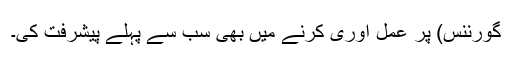
گورننس) پر عمل آوری کرنے میں بھی سب سے پہلے پیشرفت کی۔